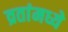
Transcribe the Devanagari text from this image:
व्रतांमध्ये